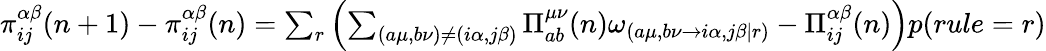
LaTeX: \begin{array}{r}{\pi_{ij}^{\alpha\beta}(n+1)-\pi_{ij}^{\alpha\beta}(n)=\sum_{r}\left(\sum_{(a\mu,b\nu)\neq(i\alpha,j\beta)}\Pi_{ab}^{\mu\nu}(n)\omega_{(a\mu,b\nu\rightarrow i\alpha,j\beta|r)}-\Pi_{ij}^{\alpha\beta}(n)\right)p(rule=r)}\end{array}